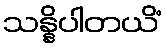
သန္နိပါတယိံ